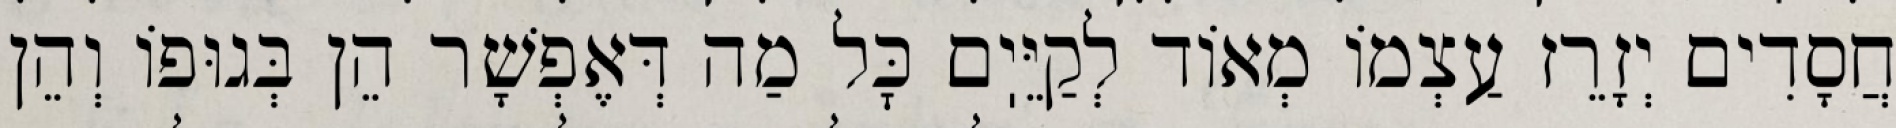
חֲסָדִים יְזָרֵז עַצְמוֹ מְאוֹד לְקַיֵּיֽם כׇּל מַה דְּאֶפְשָׁר הֵן בְּגוּפוֹ וְהֵן